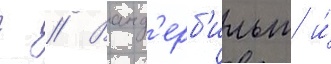
г // Ванд'ерб'ильт и́